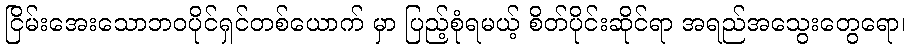
ငြိမ်းအေးသောဘဝပိုင်ရှင်တစ်ယောက် မှာ ပြည့်စုံရမယ့် စိတ်ပိုင်းဆိုင်ရာ အရည်အသွေးတွေရော၊